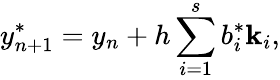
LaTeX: y_{n+1}^{*}=y_{n}+h\sum_{i=1}^{s}b_{i}^{*}\mathbf{k}_{i},